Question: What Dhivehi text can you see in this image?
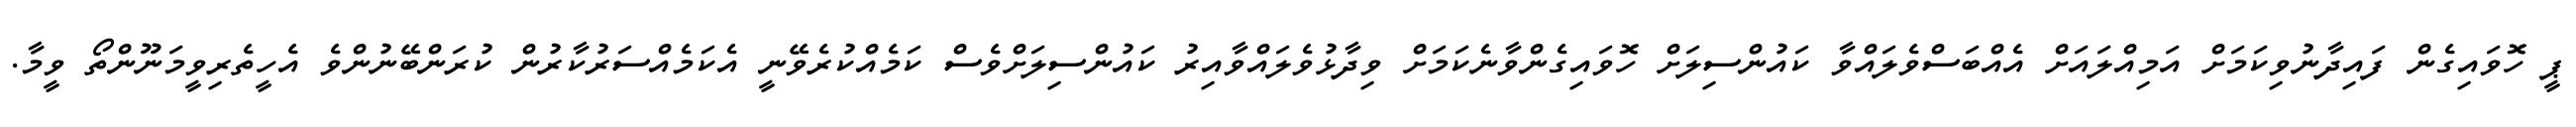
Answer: ޕީ ހޮވައިގެން ފައިދާނުވިކަމަށް އަމިއްލައަށް އެއްބަސްވެލައްވާ ކައުންސިލަށް ހޮވައިގެންވާނެކަމަށް ވިދާޅުވެލައްވާއިރު ކައުންސިލަށްވެސް ކަމެއްކުރެވޭނީ އެކަމެއްސަރުކާރުން ކުރަންބޭނުންވެ އެހީތެރިވީމަނޫންތޯ ވީމާ.